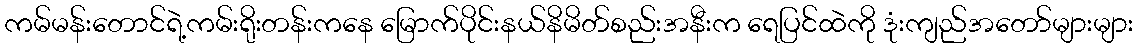
ကမ်မန်းတောင်ရဲ့ကမ်းရိုးတန်းကနေ မြောက်ပိုင်းနယ်နိမိတ်စည်းအနီးက ရေပြင်ထဲကို ဒုံးကျည်အတော်များများ